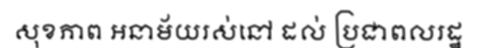
សុខភាព អនាម័យរស់នៅ ដល់ ប្រជាពលរដ្ឋ